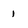
Character: I